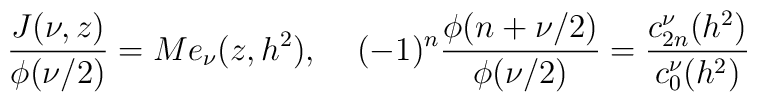
\frac{J(\nu,z)}{\phi(\nu/2)}=Me_{\nu}(z,h^2),\;\;\;\;(-1)^n\frac{\phi(n+\nu/2)}{\phi(\nu/2)}=\frac{c^{\nu}_{2n}(h^2)}{c^{\nu}_{0}(h^2)}